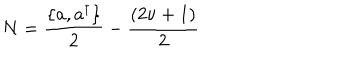
LaTeX: N = { \frac { \{ a , a ^ { \dagger } \} } { 2 } } - { \frac { ( 2 \nu + 1 ) } { 2 } }